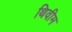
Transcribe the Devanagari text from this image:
थिवीम